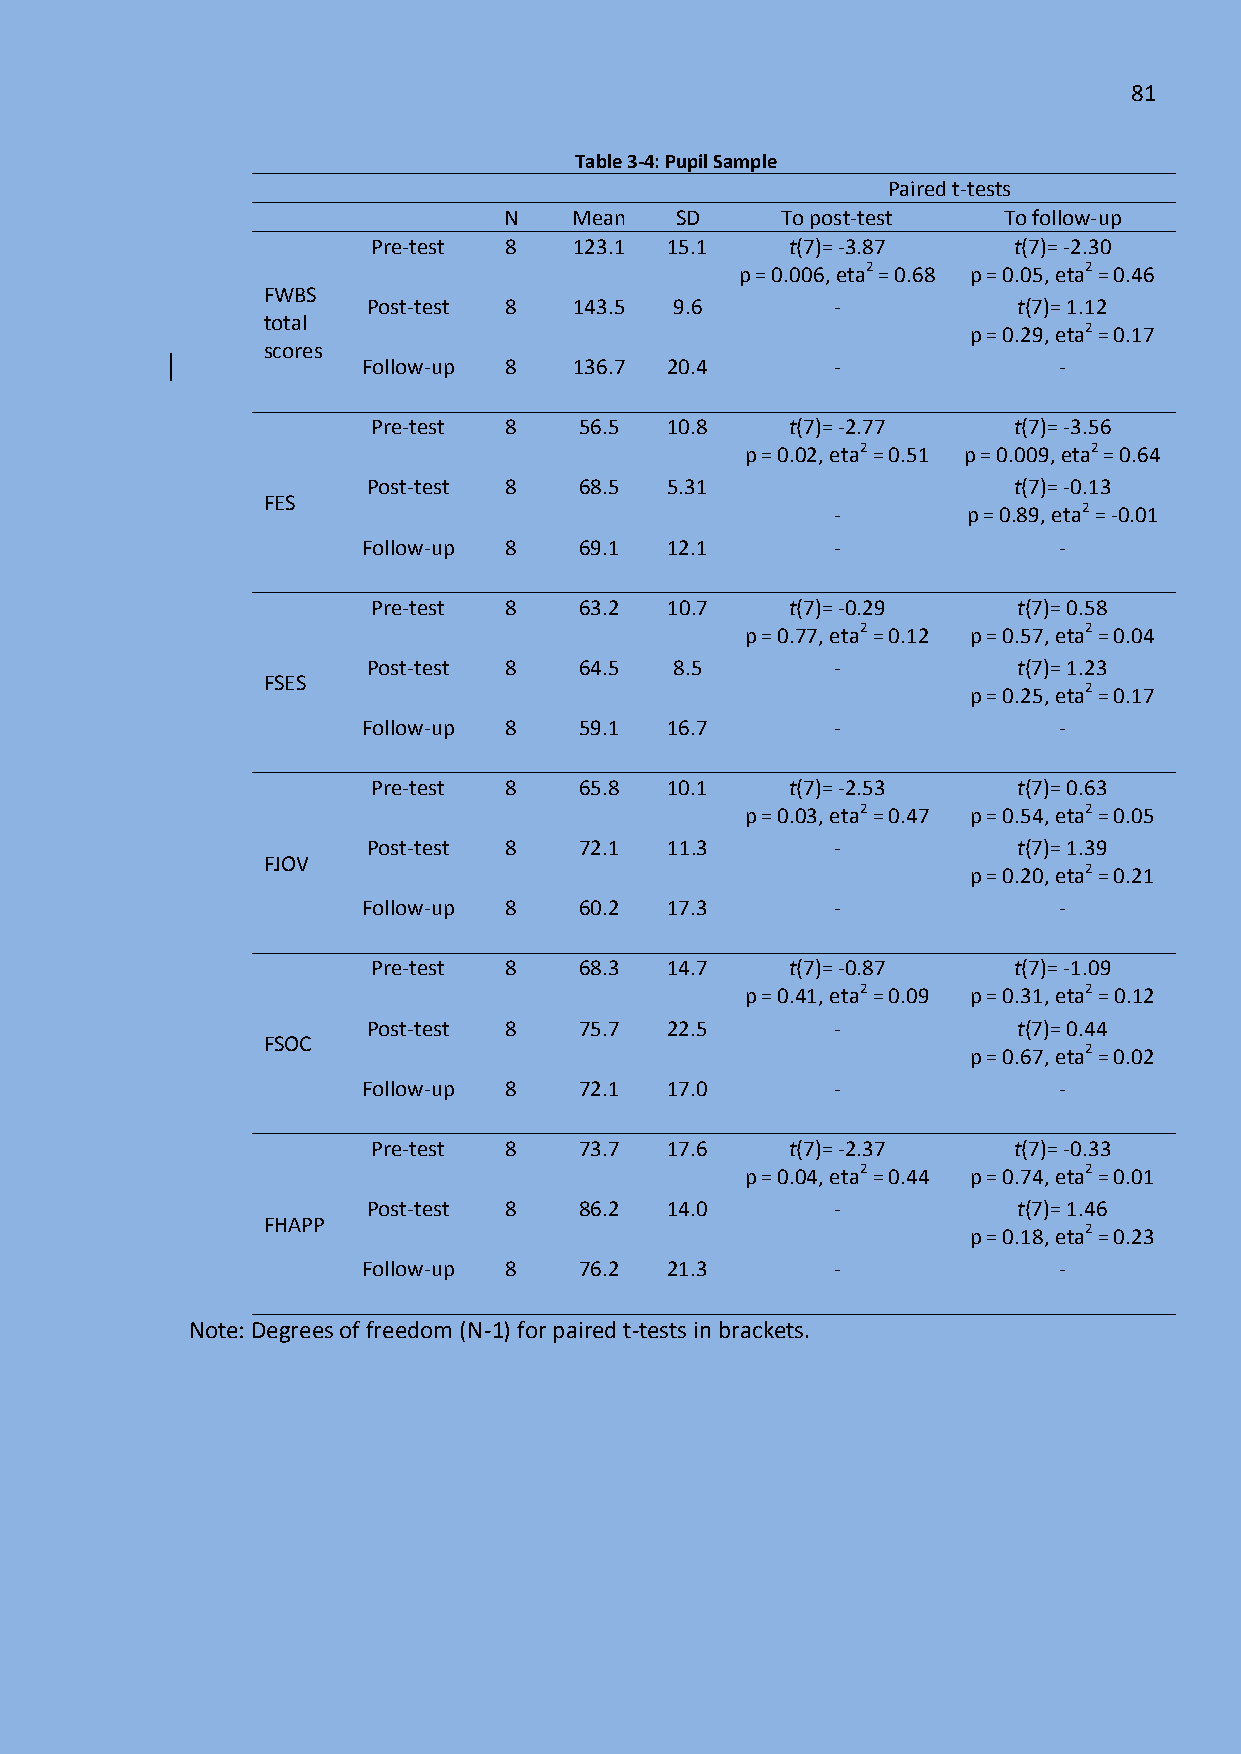
81
 Table 3-4: Pupil Sample
 Paired t-tests
 N    Mean   SD     To post-test  To follow-up
 Pre-test 8   123.1 15.1    t(7)= -3.87    t(7)= -2.30
 p = 0.006, eta2 = 0.68 p = 0.05, eta2 = 0.46
 FWBS
 Post-test 8   143.5  9.6       -           t(7)= 1.12
 total
 p = 0.29, eta2 = 0.17
 scores
 Follow-up 8   136.7 20.4       -              -
 Pre-test 8   56.5  10.8    t(7)= -2.77    t(7)= -3.56
 p = 0.02, eta2 = 0.51 p = 0.009, eta2 = 0.64
 Post-test 8   68.5  5.31                   t(7)= -0.13
 FES
 -        p = 0.89, eta2 = -0.01
 Follow-up 8   69.1  12.1       -              -
 Pre-test 8   63.2  10.7    t(7)= -0.29    t(7)= 0.58
 p = 0.77, eta2 = 0.12 p = 0.57, eta2 = 0.04
 Post-test 8   64.5   8.5       -           t(7)= 1.23
 FSES
 p = 0.25, eta2 = 0.17
 Follow-up 8   59.1  16.7       -              -
 Pre-test 8   65.8  10.1    t(7)= -2.53    t(7)= 0.63
 p = 0.03, eta2 = 0.47 p = 0.54, eta2 = 0.05
 Post-test 8   72.1  11.3       -           t(7)= 1.39
 FJOV
 p = 0.20, eta2 = 0.21
 Follow-up 8   60.2  17.3       -              -
 Pre-test 8   68.3  14.7    t(7)= -0.87    t(7)= -1.09
 p = 0.41, eta2 = 0.09 p = 0.31, eta2 = 0.12
 Post-test 8   75.7  22.5       -           t(7)= 0.44
 FSOC
 p = 0.67, eta2 = 0.02
 Follow-up 8   72.1  17.0       -              -
 Pre-test 8   73.7  17.6    t(7)= -2.37    t(7)= -0.33
 p = 0.04, eta2 = 0.44 p = 0.74, eta2 = 0.01
 Post-test 8   86.2  14.0       -           t(7)= 1.46
 FHAPP
 p = 0.18, eta2 = 0.23
 Follow-up 8   76.2  21.3       -              -
 Note: Degrees of freedom (N-1) for paired t-tests in brackets.